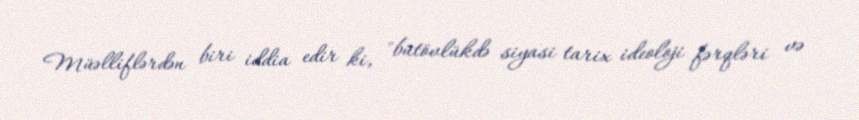
Müəlliflərdən biri iddia edir ki, "bütövlükdə siyasi tarix ideoloji fərqləri və